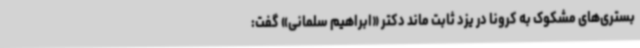
بستری‌های مشکوک به کرونا در یزد ثابت ماند دکتر «ابراهیم سلمانی» گفت: